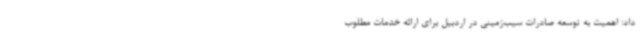
داد: اهمیت به توسعه صادرات سیب‌زمینی در اردبیل برای ارائه خدمات مطلوب